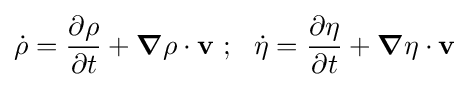
{\dot {\rho }}={\frac {\partial \rho }{\partial t}}+{\boldsymbol {\nabla }}\rho \cdot \mathbf {v} ~;~~{\dot {\eta }}={\frac {\partial \eta }{\partial t}}+{\boldsymbol {\nabla }}\eta \cdot \mathbf {v}